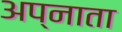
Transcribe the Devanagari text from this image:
अप्नाता